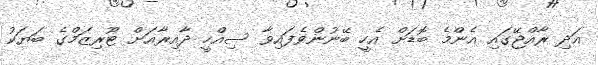
އަދި ރާއްޖޭގައި އެންމެ ބޮޑަށް އެހީ ބޭނުންވެފައިވާ ސިއްހީ ދާއިރާއަށް ޓޫރިޒަމްގެ ބަޔަކު